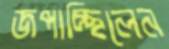
জপাচ্ছিলেন